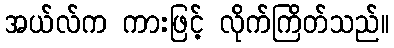
အယ်လ်က ကားဖြင့် လိုက်ကြိတ်သည်။